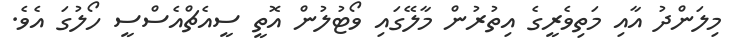
މިލަންދު އާއި މަތިވެރީގެ އިތުރުން މާލޭގައި ވޯޓުލުން އޮތީ ސީއެޗްއެސްސީ ހޯލުގަ އެވެ.